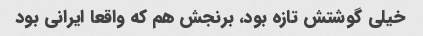
خیلی گوشتش تازه بود، برنجش هم که واقعا ایرانی بود